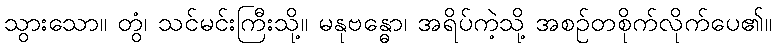
သွားသော။ တွံ၊ သင်မင်းကြီးသို့။ မနုဗန္ဓော၊ အရိပ်ကဲ့သို့ အစဉ်တစိုက်လိုက်ပေ၏။